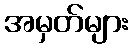
အမှတ်များ